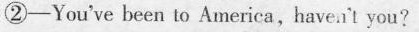
②-You've been to America, havea't you?